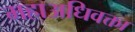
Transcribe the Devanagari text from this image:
महाअधिवक्ता